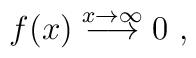
f(x) \stackrel {x\rightarrow \infty} {\longrightarrow} 0\ ,